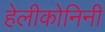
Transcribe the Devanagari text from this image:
हेलीकोनिनी